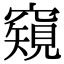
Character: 𥨖